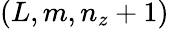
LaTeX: (L,m,n_{z}+1)